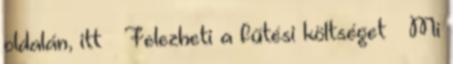
oldalán, itt → Felezheti a fűtési költséget – Mi